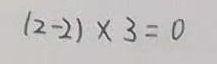
( 2 - 2 ) \times 3 = 0